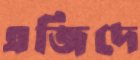
এজিদে